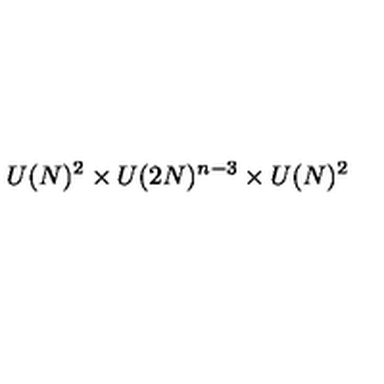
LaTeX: U ( N ) ^ { 2 } \times U ( 2 N ) ^ { n - 3 } \times U ( N ) ^ { 2 }